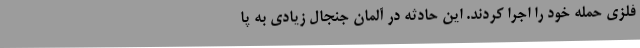
فلزی حمله خود را اجرا کردند. این حادثه در آلمان جنجال زیادی به پا